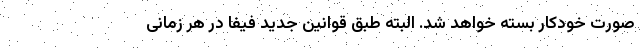
صورت خودکار بسته خواهد شد. البته طبق قوانین جدید فیفا در هر زمانی